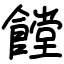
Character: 饄